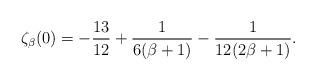
LaTeX: \begin{align*}\zeta_\beta(0)=-\frac {13} {12} +\frac 1 {6(\beta+1)} -\frac 1 {12(2\beta+1)}.\end{align*}